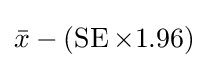
{\bar {x}}-(\operatorname {SE} \times 1.96)